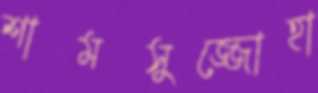
শামসুজ্জোহা